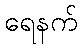
ရေနက်